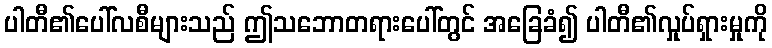
ပါတီ၏ပေါ်လစီများသည် ဤသဘောတရားပေါ်တွင် အခြေခံ၍ ပါတီ၏လှုပ်ရှားမှုကို